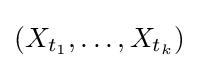
(X_{t_{1}},\ldots ,X_{t_{k}})